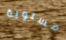
مستوية